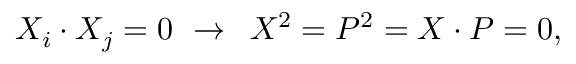
X _ { i } \cdot X _ { j } = 0 \, \, \rightarrow \, \, \, X ^ { 2 } = P ^ { 2 } = X \cdot P = 0 ,